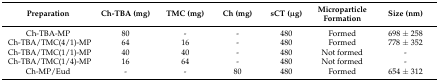
| Preparation | Ch-TBA (mg) | TMC (mg) | Ch (mg) | sCT (μg) | Microparticle Formation | Size (nm) |
 | --- | --- | --- | --- | --- | --- | --- |
 | Ch-TBA-MP | 80 | - | - | 480 | Formed | 698 ± 258 |
 | Ch-TBA/TMC(4/1)-MP | 64 | 16 | - | 480 | Formed | 778 ± 352 |
 | Ch-TBA/TMC(1/1)-MP | 40 | 40 | - | 480 | Not formed | - |
 | Ch-TBA/TMC(1/4)-MP | 16 | 64 | - | 480 | Not formed | - |
 | Ch-MP/Eud | - | - | 80 | 480 | Formed | 654 ± 312 |